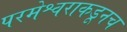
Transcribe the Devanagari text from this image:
परमेश्वराकडूनच